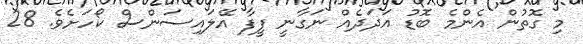
މި ގޮތުން އެންމެ ބޮޑު އަދަދެއް ނަގާނީ ފީފާ އޭލައިސަންސް ކޯހަށެވެ. 28